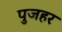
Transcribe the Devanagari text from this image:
पुजहर